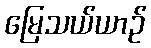
မြေသယ်ယာဉ်